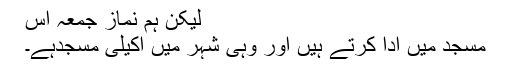
لیکن ہم نماز جمعہ اس
مسجد میں ادا کرتے ہیں اور وہی شہر میں اکیلی مسجدہے۔